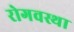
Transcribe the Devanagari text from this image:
रोगवस्था